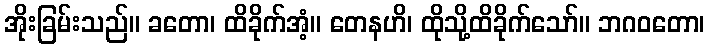
အိုးခြမ်းသည်။ ခတော၊ ထိခိုက်အံ့။ တေနဟိ၊ ထိုသို့ထိခိုက်သော်။ ဘဂဝတော၊